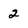
Character: 2